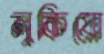
লুকিয়ো